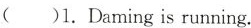
( )1.Daming is running.